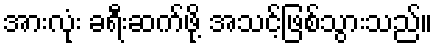
အားလုံး ခရီးဆက်ဖို့ အသင့်ဖြစ်သွားသည်။